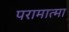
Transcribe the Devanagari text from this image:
परामात्मा